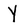
Character: y